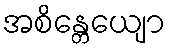
အစိန္တေယျော